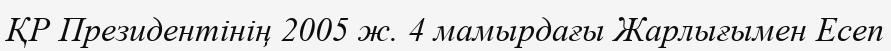
ҚР Президентінің 2005 ж. 4 мамырдағы Жарлығымен Есеп